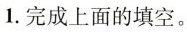
1.完成上面的填空。